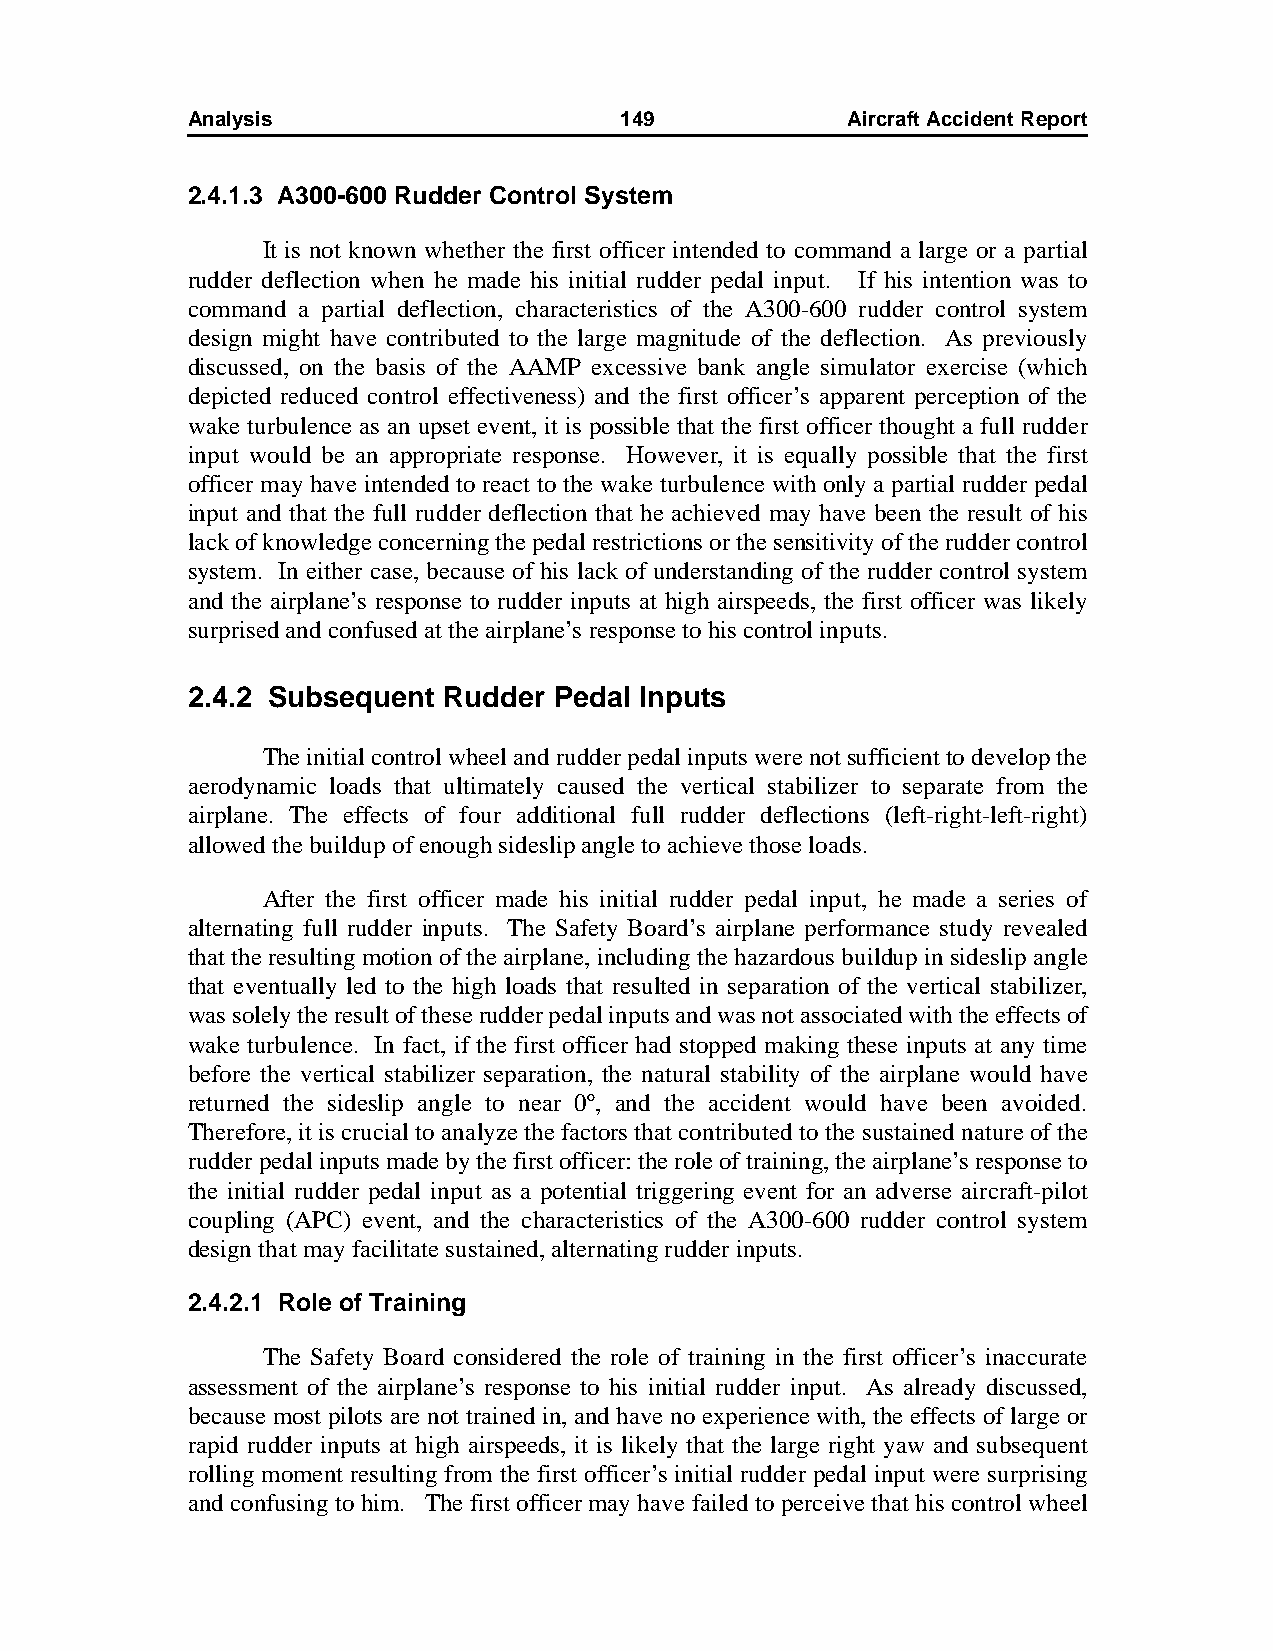
Analysis                     149            AircraftAccidentReport
 2.4.1.3 A300-600 Rudder Control System
 It is not known whether the first officer intended to command a large or a partial
 rudder deflection when he made his initial rudder pedal input. If his intention was to
 command a partial deflection, characteristics of the A300-600 rudder control system
 design might have contributed to the large magnitude of the deflection. As previously
 discussed, on the basis of the AAMP excessive bank angle simulator exercise (which
 depicted reduced control effectiveness) and the first officer’s apparent perception of the
 wake turbulence as an upset event, it is possible that the first officer thought a full rudder
 input would be an appropriate response. However, it is equally possible that the first
 officer may have intended to react to the wake turbulence with only a partial rudder pedal
 input and that the full rudder deflection that he achieved may have been the result of his
 lack of knowledge concerning the pedal restrictions or the sensitivity of the rudder control
 system. In either case, because of his lack of understanding of the rudder control system
 and the airplane’s response to rudder inputs at high airspeeds, the first officer was likely
 surprised and confused at the airplane’s response to his control inputs.
 2.4.2 Subsequent Rudder  Pedal Inputs
 The initial control wheel and rudder pedal inputs were not sufficient to develop the
 aerodynamic loads that ultimately caused the vertical stabilizer to separate from the
 airplane. The effects of four additional full rudder deflections (left-right-left-right)
 allowed the buildup of enough sideslip angle to achieve those loads.
 After the first officer made his initial rudder pedal input, he made a series of
 alternating full rudder inputs. The Safety Board’s airplane performance study revealed
 that the resulting motion of the airplane, including the hazardous buildup in sideslip angle
 that eventually led to the high loads that resulted in separation of the vertical stabilizer,
 was solely the result of these rudder pedal inputs and was not associated with the effects of
 wake turbulence. In fact, if the first officer had stopped making these inputs at any time
 before the vertical stabilizer separation, the natural stability of the airplane would have
 returned the sideslip angle to near 0º, and the accident would have been avoided.
 Therefore, it is crucial to analyze the factors that contributed to the sustained nature of the
 rudder pedal inputs made by the first officer: the role of training, the airplane’s response to
 the initial rudder pedal input as a potential triggering event for an adverse aircraft-pilot
 coupling (APC) event, and the characteristics of the A300-600 rudder control system
 design that may facilitate sustained, alternating rudder inputs.
 2.4.2.1 Role of Training
 The Safety Board considered the role of training in the first officer’s inaccurate
 assessment of the airplane’s response to his initial rudder input. As already discussed,
 because most pilots are not trained in, and have no experience with, the effects of large or
 rapid rudder inputs at high airspeeds, it is likely that the large right yaw and subsequent
 rolling moment resulting from the first officer’s initial rudder pedal input were surprising
 and confusing to him. The first officer may have failed to perceive that his control wheel